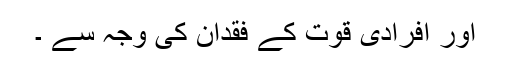
اور افرادی قوت کے فقدان کی وجہ سے ۔